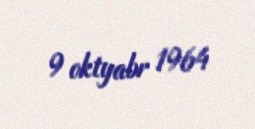
9 oktyabr 1964